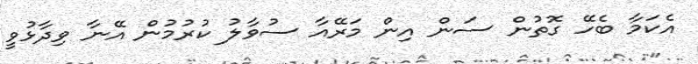
އެކަމާ ބެހޭ ގޮތުން ސަން އިން މަރޭއާ ސުވާލު ކުރުމުން އޭނާ ވިދާޅުވީ